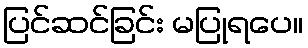
ပြင်ဆင်ခြင်း မပြုရပေ။